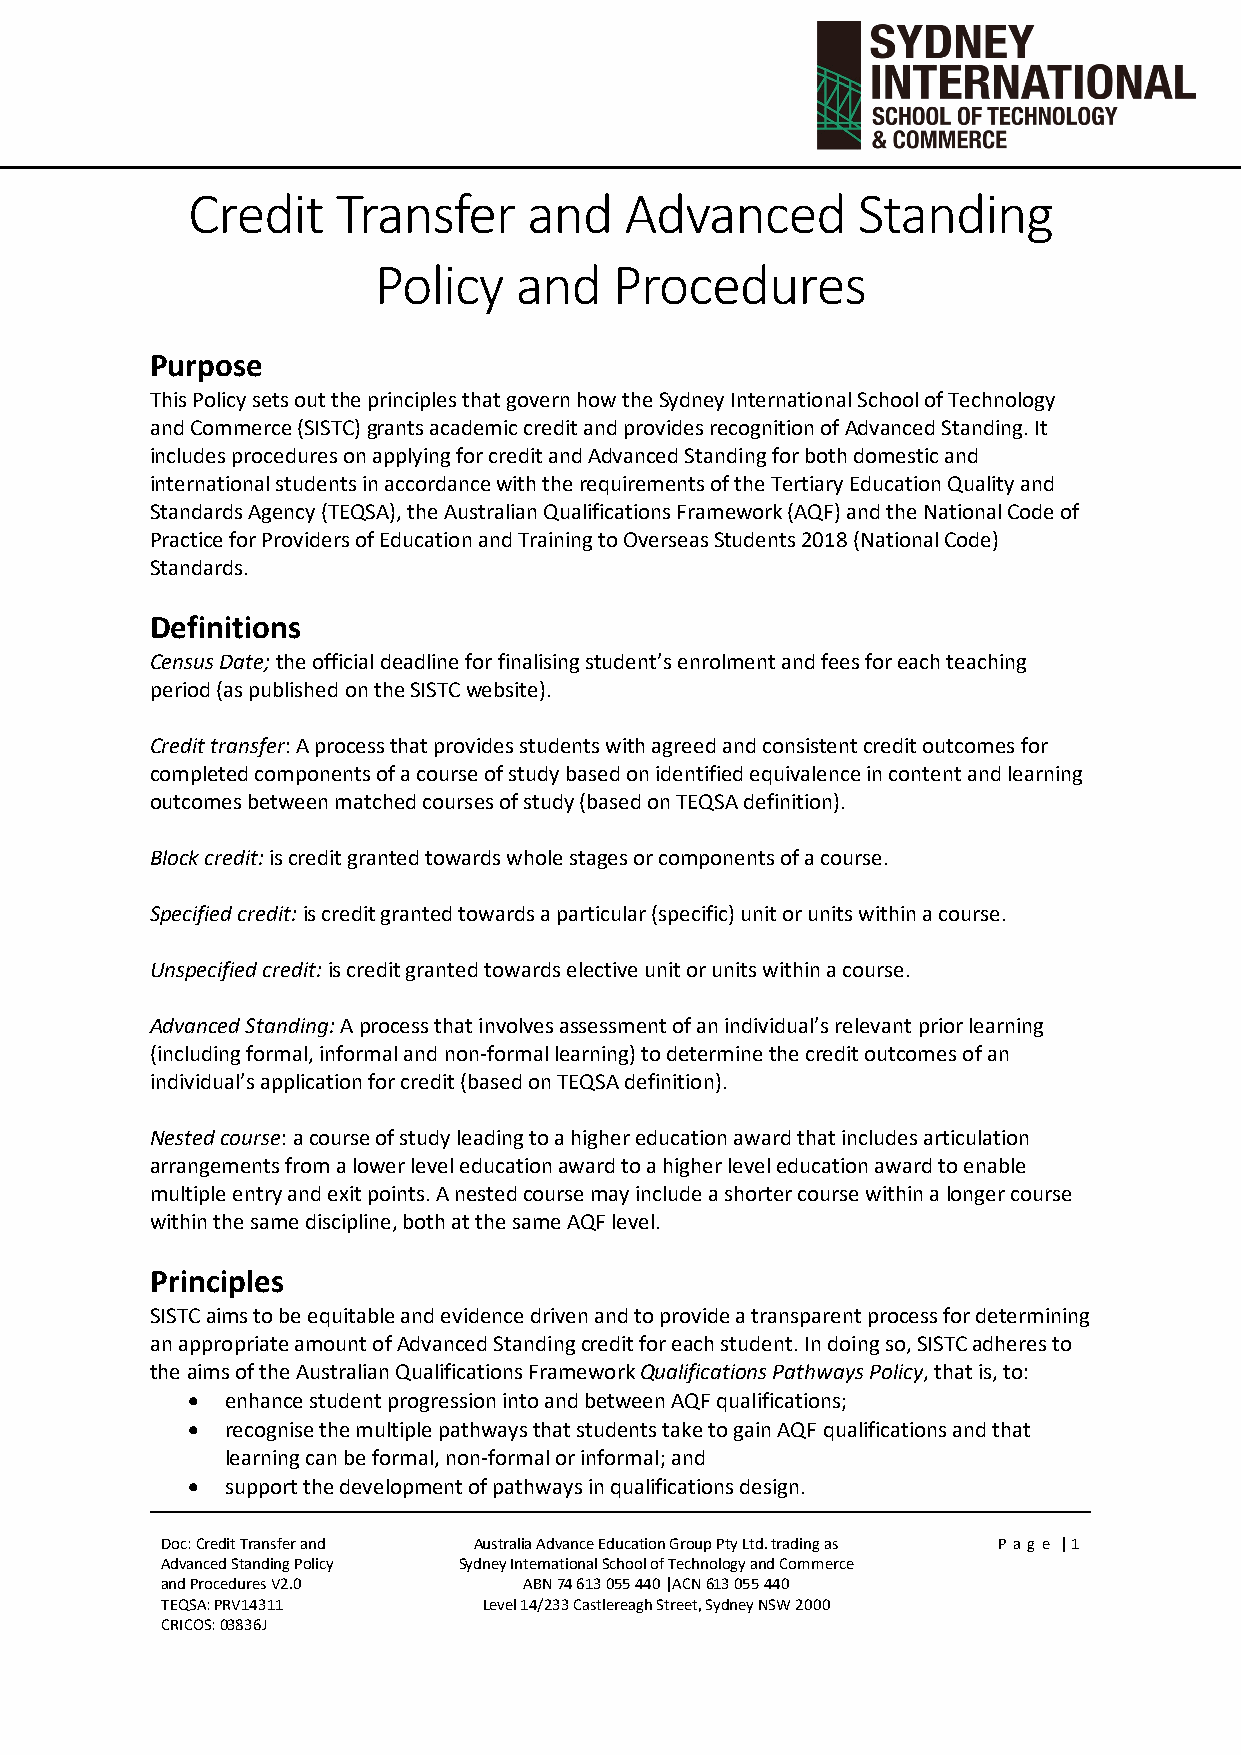
Credit    Transfer     and   Advanced        Standing
 Policy   and    Procedures
 Purpose
 This Policy sets out the principles that govern how the Sydney International School of Technology
 and Commerce (SISTC) grants academic credit and provides recognition of Advanced Standing. It
 includes procedures on applying for credit and Advanced Standing for both domestic and
 international students in accordance with the requirements of the Tertiary Education Quality and
 Standards Agency (TEQSA), the Australian Qualifications Framework (AQF) and the National Code of
 Practice for Providers of Education and Training to Overseas Students 2018 (National Code)
 Standards.
 Definitions
 Census Date; the official deadline for finalising student’s enrolment and fees for each teaching
 period (as published on the SISTC website).
 Credit transfer: A process that provides students with agreed and consistent credit outcomes for
 completed components of a course of study based on identified equivalence in content and learning
 outcomes between matched courses of study (based on TEQSA definition).
 Block credit: is credit granted towards whole stages or components of a course.
 Specified credit: is credit granted towards a particular (specific) unit or units within a course.
 Unspecified credit: is credit granted towards elective unit or units within a course.
 Advanced Standing: A process that involves assessment of an individual’s relevant prior learning
 (including formal, informal and non-formal learning) to determine the credit outcomes of an
 individual’s application for credit (based on TEQSA definition).
 Nested course: a course of study leading to a higher education award that includes articulation
 arrangements from a lower level education award to a higher level education award to enable
 multiple entry and exit points. A nested course may include a shorter course within a longer course
 within the same discipline, both at the same AQF level.
 Principles
 SISTC aims to be equitable and evidence driven and to provide a transparent process for determining
 an appropriate amount of Advanced Standing credit for each student. In doing so, SISTC adheres to
 the aims of the Australian Qualifications Framework Qualifications Pathways Policy, that is, to:
 •  enhance student progression into and between AQF qualifications;
 •  recognise the multiple pathways that students take to gain AQF qualifications and that
 learning can be formal, non-formal or informal; and
 •  support the development of pathways in qualifications design.
 Doc: Credit Transfer and Australia Advance Education Group Pty Ltd. trading as P ag e | 1
 Advanced Standing Policy Sydney International School of Technology and Commerce
 and Procedures V2.0     ABN 74 613 055 440 |ACN 613 055 440
 TEQSA: PRV14311      Level 14/233 Castlereagh Street, Sydney NSW 2000
 CRICOS: 03836J